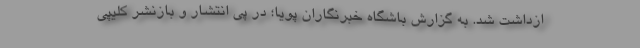
ازداشت شد. به گزارش باشگاه خبرنگاران پویا؛ در پی انتشار و بازنشر کلیپی